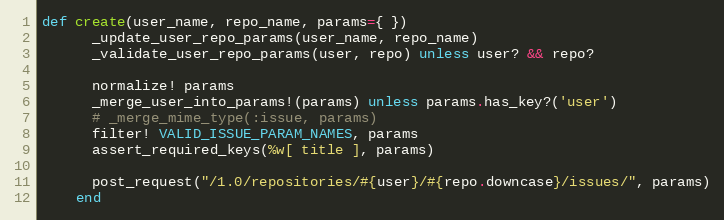
Language: Ruby
def create(user_name, repo_name, params={ })
      _update_user_repo_params(user_name, repo_name)
      _validate_user_repo_params(user, repo) unless user? && repo?

      normalize! params
      _merge_user_into_params!(params) unless params.has_key?('user')
      # _merge_mime_type(:issue, params)
      filter! VALID_ISSUE_PARAM_NAMES, params
      assert_required_keys(%w[ title ], params)

      post_request("/1.0/repositories/#{user}/#{repo.downcase}/issues/", params)
    end